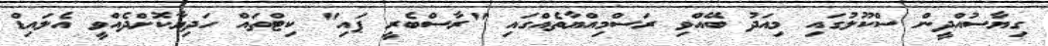
ގިިޔާސުއްދީން ސްކޫލުގައި މިއަދު ބޭއްވި ރަސްމިއްޔާތެއްގައި "ރާސްބެރީ ޕައި" ކިޓްތައް ހަދިޔާކޮށްދެއްވީ އެލައިޑް